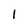
Character: l